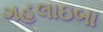
ગહલાઇબા